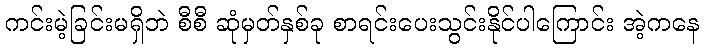
ကင်းမဲ့ခြင်းမရှိဘဲ စီစီ ဆုံမှတ်နှစ်ခု စာရင်းပေးသွင်းနိုင်ပါကြောင်း အဲ့ကနေ